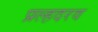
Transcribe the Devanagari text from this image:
प्रल्हदरव